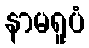
နာမရူပံ